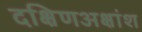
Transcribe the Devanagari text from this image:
दक्षिणअक्षांश